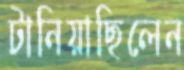
টানিয়াছিলেন